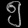
Digit: ၅